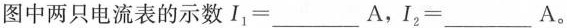
图中两只电流表的示数$$I_{1}=______A$$，$$I_{2}=____A$$。